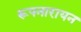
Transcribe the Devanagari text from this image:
रूपनारायन